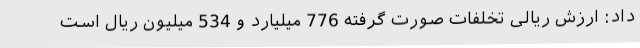
داد: ارزش ریالی تخلفات صورت گرفته 776 میلیارد و 534 میلیون ریال است